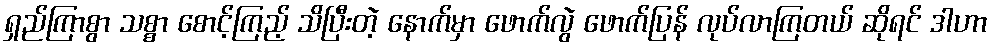
ရှည်ကြာစွာ သစ္စာ စောင့်ကြည့် သိပြီးတဲ့ နောက်မှာ ဖောက်လွဲ ဖောက်ပြန် လုပ်လာကြတယ် ဆိုရင် ဒါဟာ